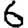
Digit: 6